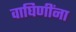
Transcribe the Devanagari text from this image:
वाघिणींना